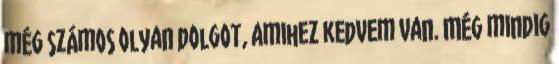
még számos olyan dolgot, amihez kedvem van. Még mindig